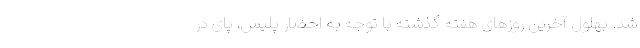
شد. بهلول آخرین روز‌های هفته گذشته با توجه به احضار پلیس، پای در